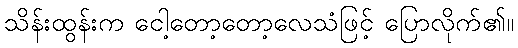
သိန်းထွန်းက ငေါ့တော့တော့လေသံဖြင့် ပြောလိုက်၏။